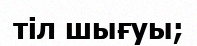
тіл шығуы;